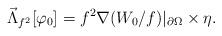
LaTeX: \begin{align*} \vec\Lambda_{f^2}[\varphi_0]= f^2\nabla(W_0/f)|_{\partial\Omega}\times\eta.\end{align*}